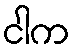
ငါက